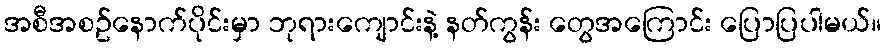
အစီအစဥ်နောက်ပိုင်းမှာ ဘုရားကျောင်းနဲ့ နတ်ကွန်း တွေအကြောင်း ပြောပြပါမယ်။